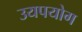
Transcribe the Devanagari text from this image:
उयपयोग